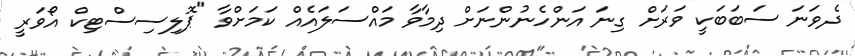
ދެވަނަ ސަބަބަކީ ވަރަށް ގިނަ އަންހެނުންނަށް ދިމާވާ މައްސަލައެއް ކަމަށްވާ "ޕޮލިސިސްޓިކް އޯވަރީ